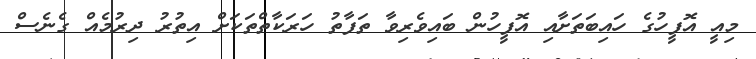
މިއީ އޮފީހުގެ ހައިބަތަށާއި އޮފީހުން ބައިވެރިވާ ތަފާތު ހަރަކާތްތަކަށް އިތުރު ދިރުމެއް ގެނެސް